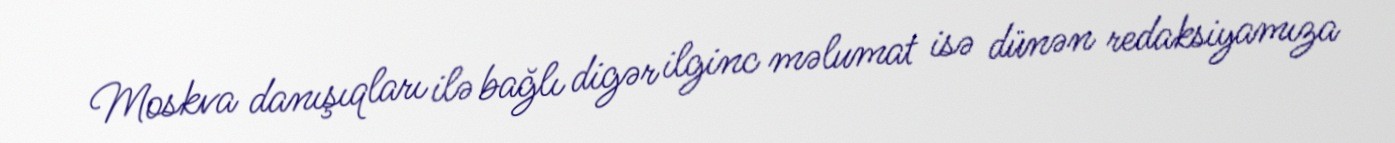
Moskva danışıqları ilə bağlı digər ilginc məlumat isə dünən redaksiyamıza